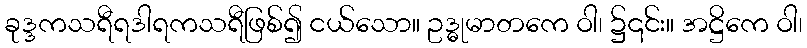
ခုဒ္ဒကသရီရဒါရကသရီဖြစ်၍ ငယ်သော။ ဥဒ္ဓုမာတကေ ဝါ၊ ၌၎င်း။ အဋ္ဌိကေ ဝါ၊